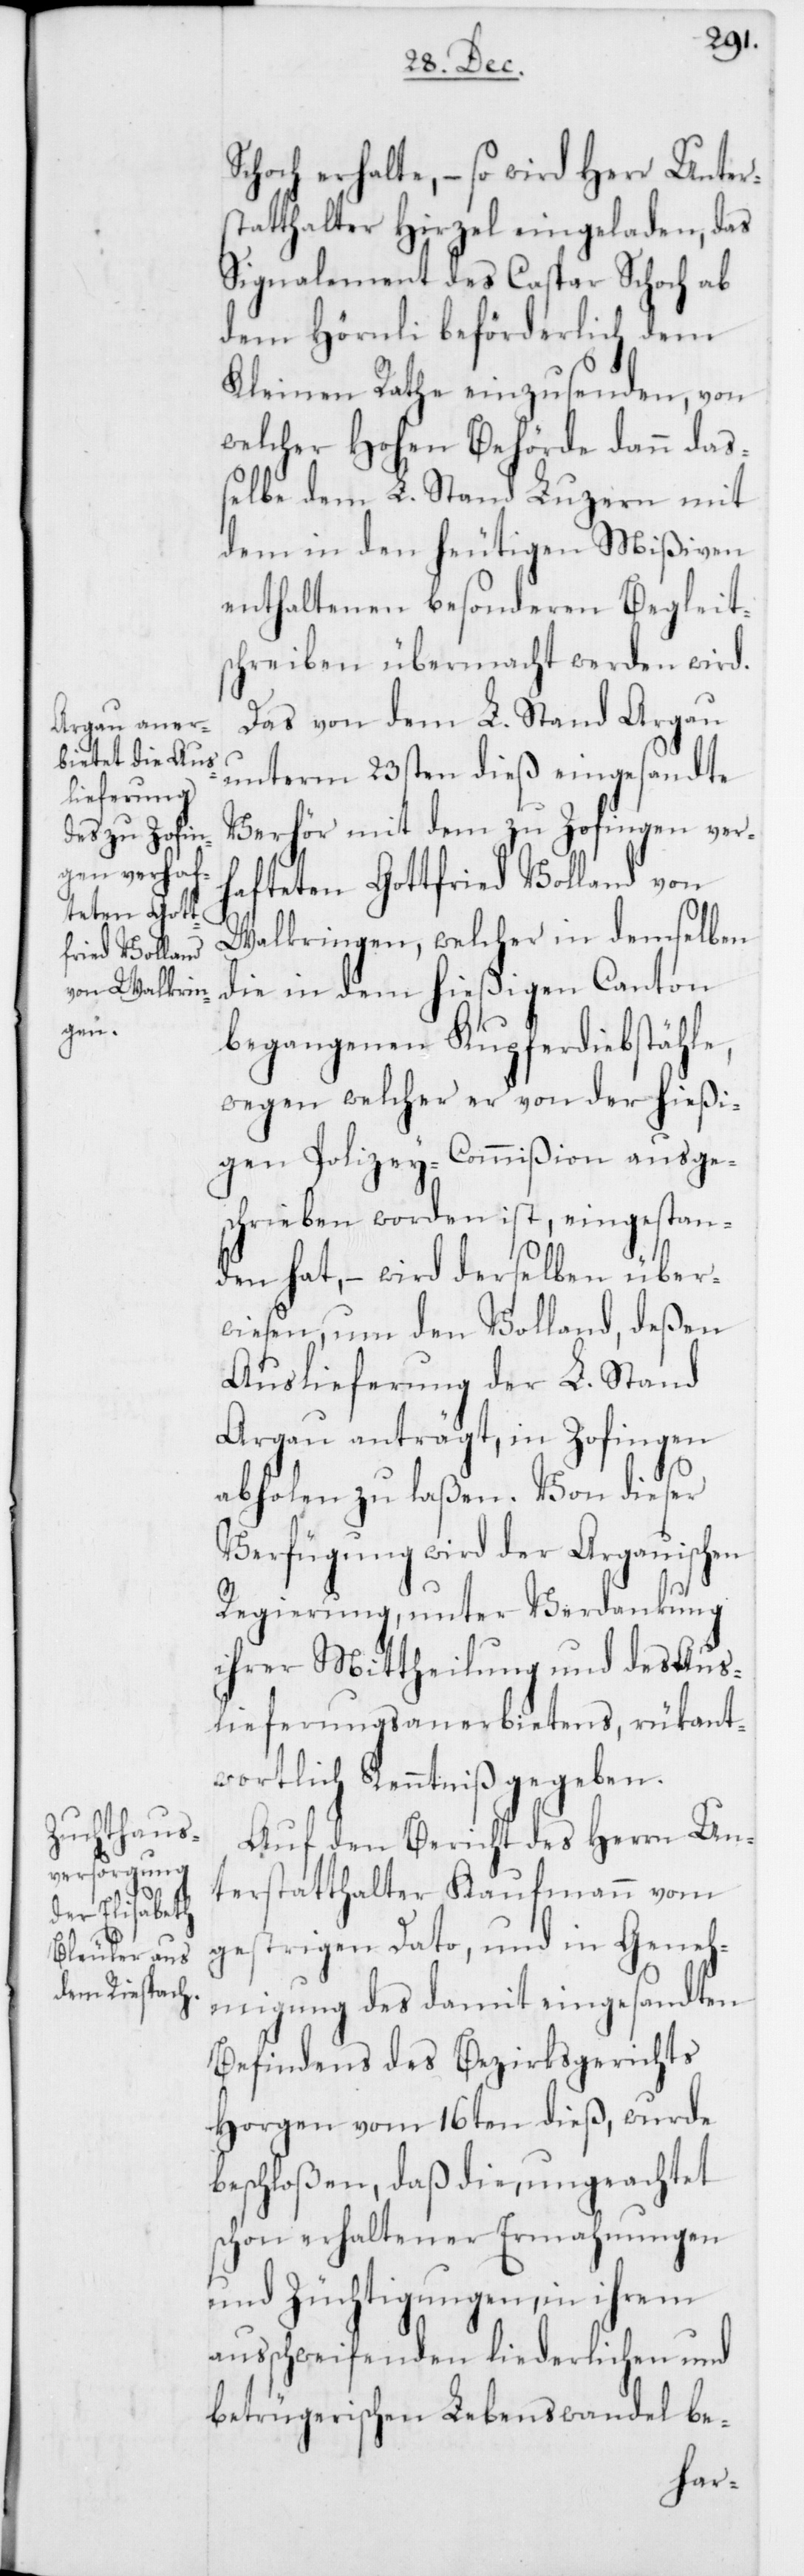
Schoch erhalte, – so wird Herr Unter¬
statthalter Hirzel eingeladen, das
Signalement des Caspar Schoch ab
dem Hörnli beförderlich dem
Kleinen Rathe einzusenden, von
welcher Hohen Behörde dann daß¬
elbe dem L. Stand Luzern mit
dem in den heutigen Mißiven
enthaltenen besonderen Begleit¬
schreiben übermacht werden wird.
Das von dem L. Stand Argau
unterm 23sten dieß eingesandte
Verhör mit dem zu Zofingen ver¬
hafteten Gottfried Volland von
Walkringen, welcher in demselben
die in dem hießigen Canton
begangenen Kupferdiebstähle,
wegen welcher er von der hießi¬
gen Polizey-Commißion ausge¬
schrieben worden ist, eingestan¬
den hat, – wird derselben über¬
wiesen, um den Volland, deßen
Auslieferung der L. Stand
Argau anträgt, in Zofingen
abholen zu laßen. Von dieser
Verfügung wird der Argauischen
Regierung, unter Verdankung
ihrer Mittheilung und des Aus¬
lieferungsanerbietens, rükant¬
wortlich Kenntniß gegeben.
Auf den Bericht des Herrn Un¬
terstatthalter Kaufmann vom
gestrigen Dato, und in Geneh¬
migung des damit eingesandten
Befindens des Bezirksgerichts
Horgen vom 16ten dieß, wurde
beschloßen, daß die, ungeachtet
schon erhaltener Ermahnungen
und Züchtigungen, in ihrem
ausschweifenden liederlichen und
betrügerischen Lebenswandel be-